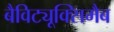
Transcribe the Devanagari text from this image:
बैविट्यूक्सिमैब